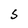
Character: S